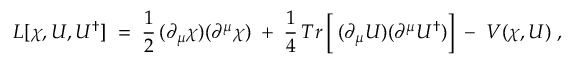
{ \cal L } [ \chi , U , U ^ { \dagger } ] \; = \; \frac { 1 } { 2 } \, ( \partial _ { \mu } \chi ) ( \partial ^ { \mu } \chi ) \; + \; \frac { 1 } { 4 } \, T r \left[ \frac { } { } ( \partial _ { \mu } U ) ( \partial ^ { \mu } U ^ { \dagger } ) \right] \; - \; V ( \chi , U ) \; ,